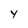
Character: Y